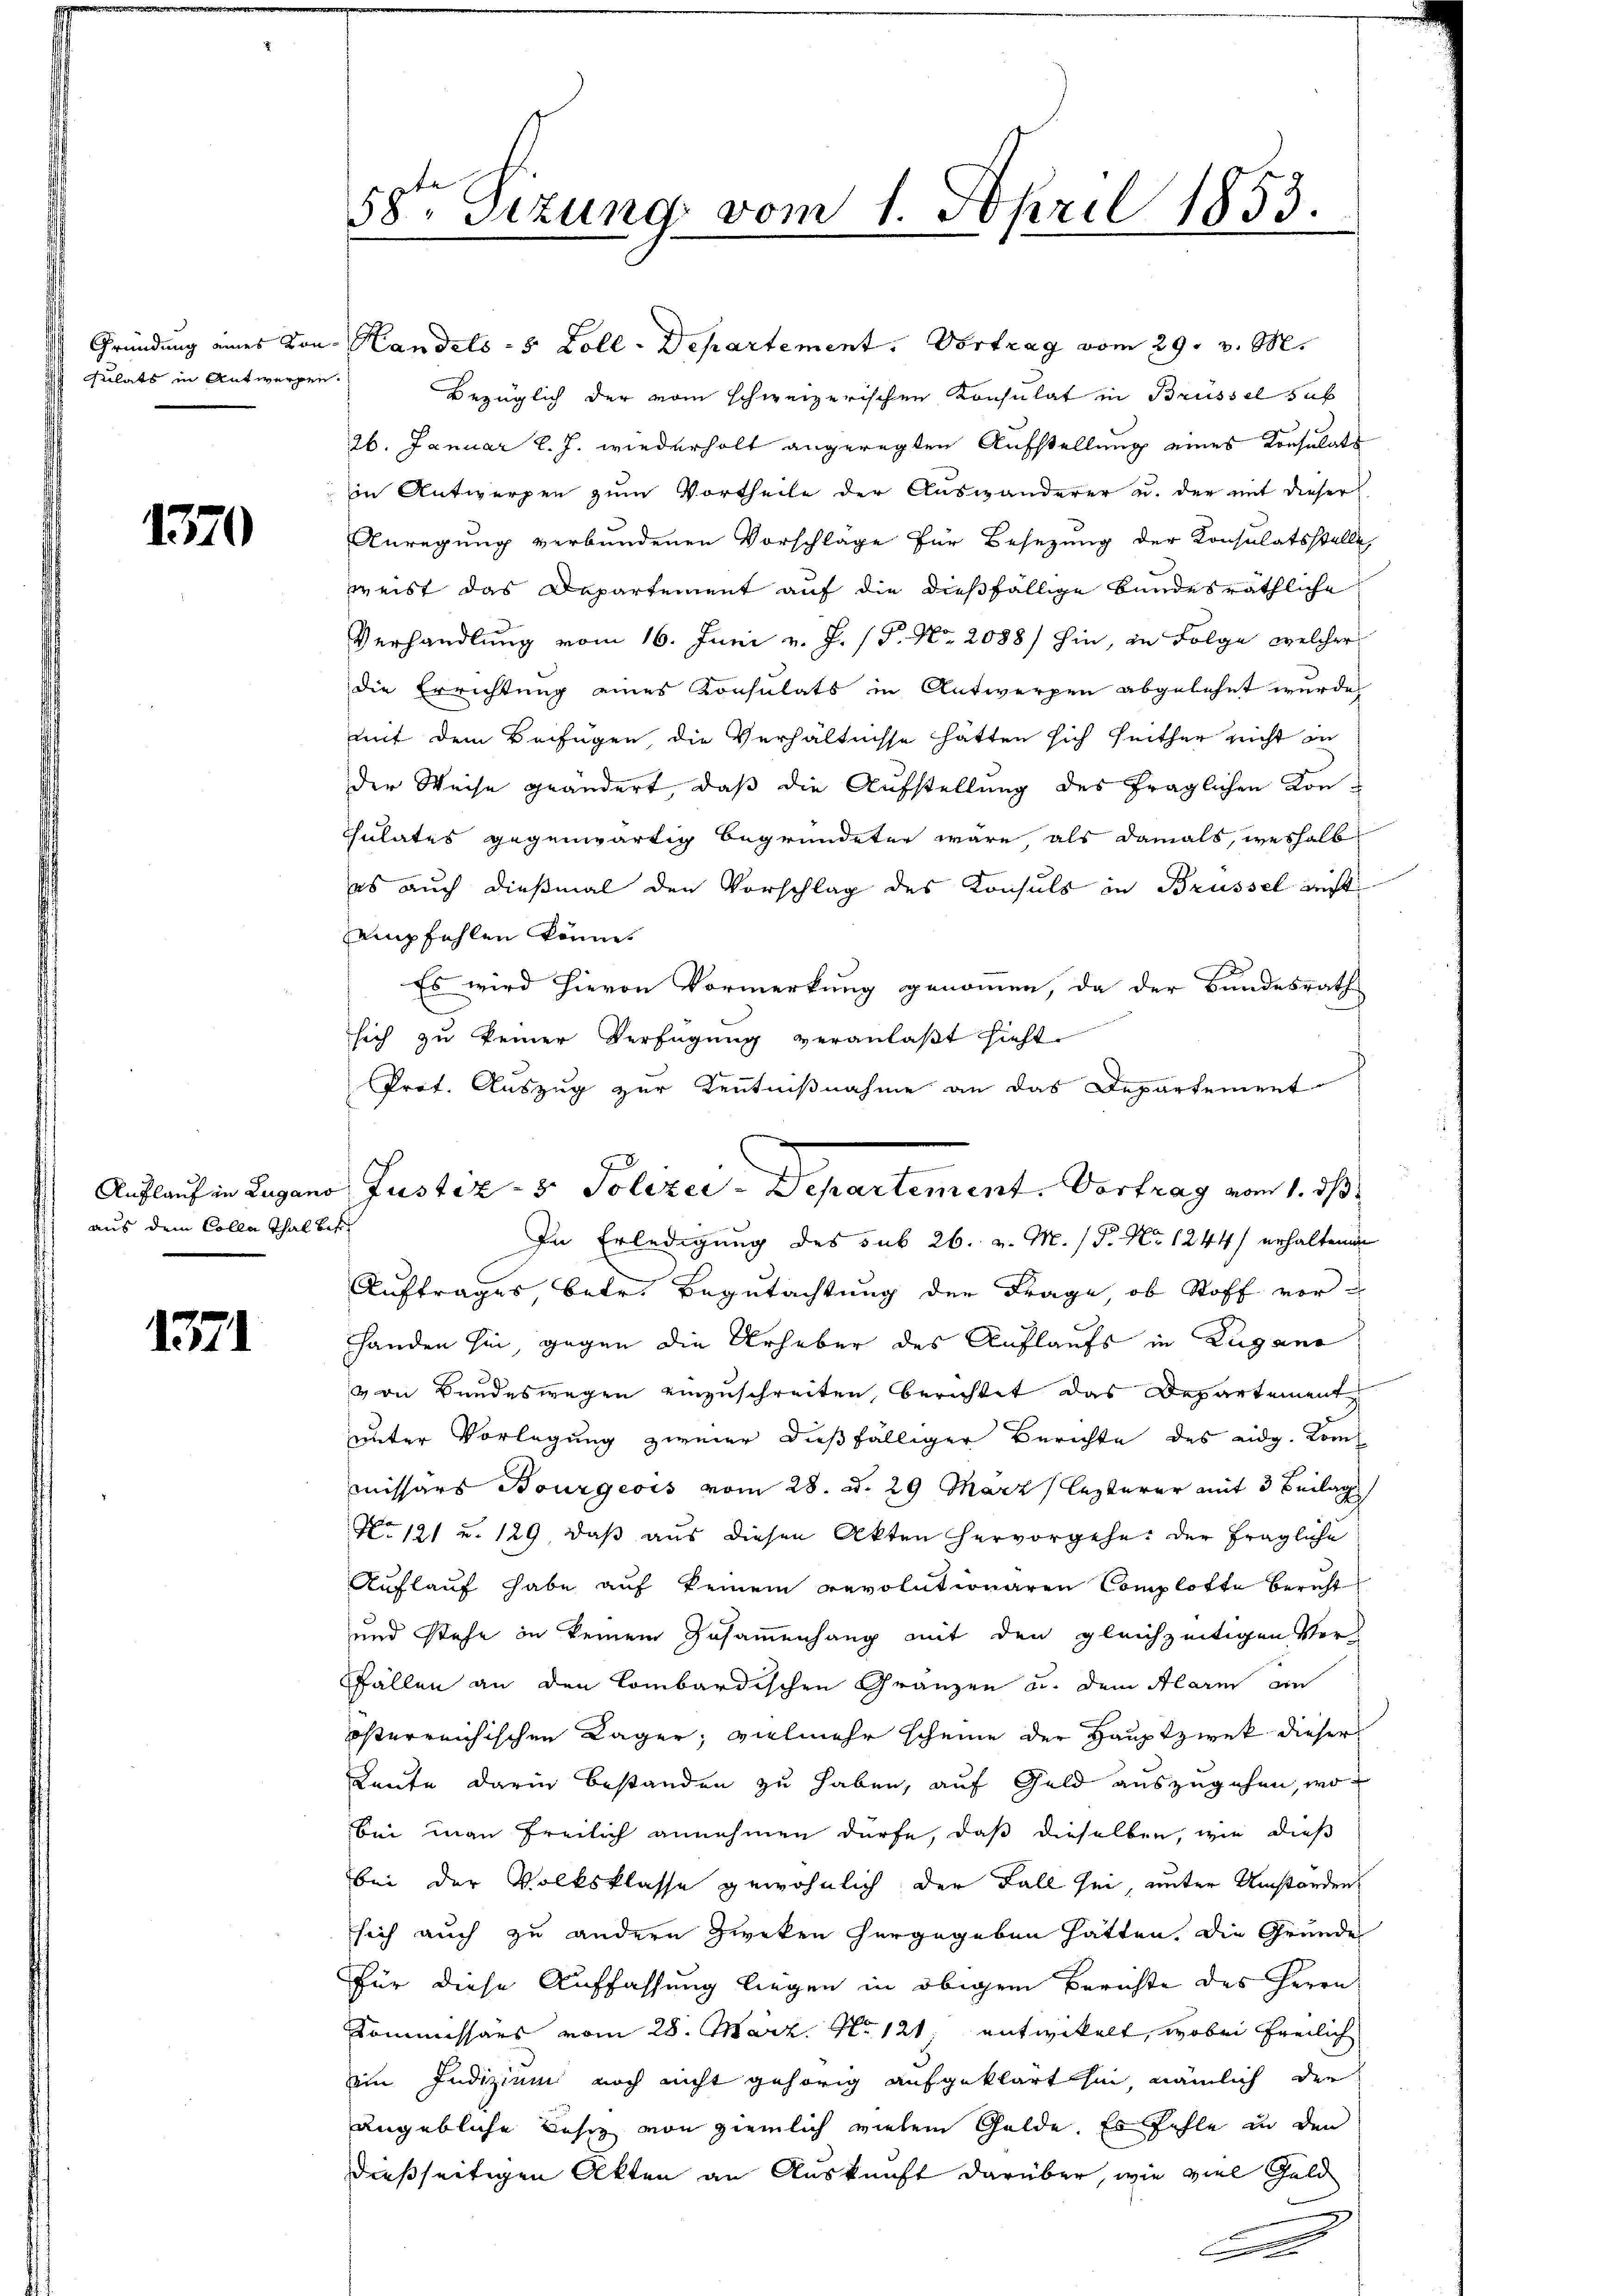
Gründung eines Kongulats in Antworfen

1370

Auflauf in Zugano
aus dem Colle Thal betr.

1371

58. Sitzung vom 1. April 1858.

7
Justiz- & Polizei-Departement. Vortrag vom 1. ds

Handels- 5 Zoll-Departement. Vortrag vom 29. v. M.
Bezüglich der vom schweizerischen Konsulat in Brüssel sub
26. Januar l. J. wiederholt angeregten Aufstellung eines Konsulats
in Antwerpen zŭm Vortheile der Auswanderer u. der mit dieser
Anregung verbundenen Vorschlage für Besezung der Konsulatsstelle
weist das Departement auf die dießfällige Bundesräthliche
Verhandlung vom 16. Juni v. J. (T. No. 2088) hin, in Folge welcher
die Errichtung eines Konsulats in Antwerpen abgelehnt wurde,
mit dem Beifügen, die Verhältnisse hätten sich seither nicht in
der Weise geändert, daß die Aufstellung des fraglichen Kon¬
Thulates gegenwärtig begründeter wäre, als damals, weshalb
es auch dießmal den Vorschlag des Konsuls in Brüssel recht
empfehlen könne.
Es wird hievon Vormerkung genommen, da der Bundesrath
sich zu keiner Verfügung veranlaβt sieht.
Prof. Auszug zur Kenntnißnahme an das Departement
In Erledigung des sub 26. v. M. P. No 1244) erhaltenen
Auftrages, betr. Begutachtung der Frage, ob Stoff vor-
handen sie, gegen die Urheber des Auflaufs in Zugano
von Bundeswegen einzuschreiten, berichtet das Departement
unter Vorlegung zweier dießfälliger Berichte des eidg. Kommissars Bourgeois vom 28. d. 29 März lezterer mit 3 Beilag
No 121 u. 129 daß aus diesen Akten hervorgehe. Der fragliche
Auflauf habe auf keinem revolutionaren Complotte bericht
und stehe in keinem Zusammenhang mit den gleichzeitigen Ver¬
Fällen an den Combardischen Gränzen u. dem Alarm an
österreichischen Lager; vielmehr scheine der Hauptzwek dieser
Leute darin bestanden zu haben, auf Geld auszugehen, wo
bei man freilich annehmen dürfe, daß dieselben, wie dies
bei der Volksklasse gewöhnlich der Fall sei, unter Umstanden
sich auch zu andern Zweken hergegeben hätten, die Gründe
Für diese Auffassung liegen in obigem Berichte des Herrn
Kommissärs vom 28. März. No 121. entwickelt, wobei freilich
ein Indizium noch nicht gehörig aufgeklärt hin, nämlich der
angebliche Besitz von ziemlich vielem Golde. Es fehle in den
dießseitigen Akten an Auskunft darüber, wie viel Geld